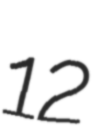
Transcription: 12